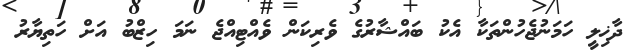
ދާޚިލީ ހަމަނުޖެހުންތަކާ އެކު ބައްޝާރުގެ ވެރިކަން ވެއްޓިއްޖެ ނަމަ ހިޒްބު އަށް ހަތިޔާރު